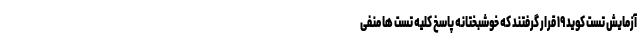
آزمایش تست کوید ۱۹ قرار گرفتند که خوشبختانه پاسخ کلیه تست ها منفی